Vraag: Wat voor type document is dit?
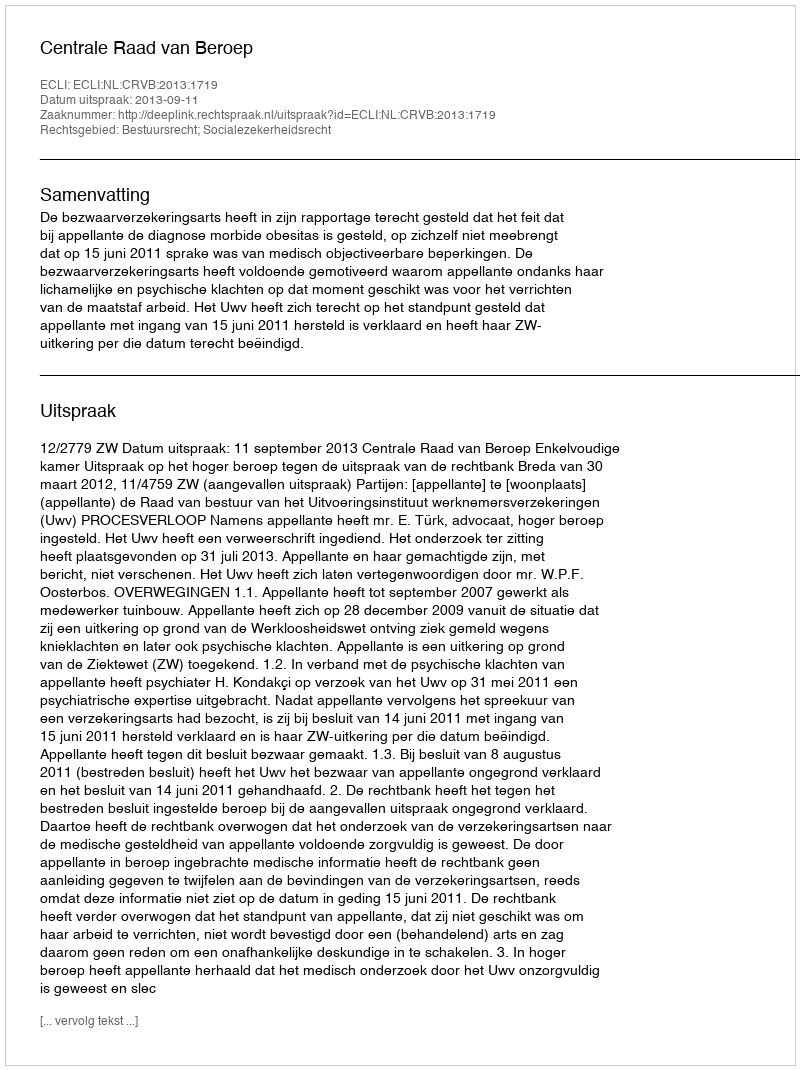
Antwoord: Uitspraak